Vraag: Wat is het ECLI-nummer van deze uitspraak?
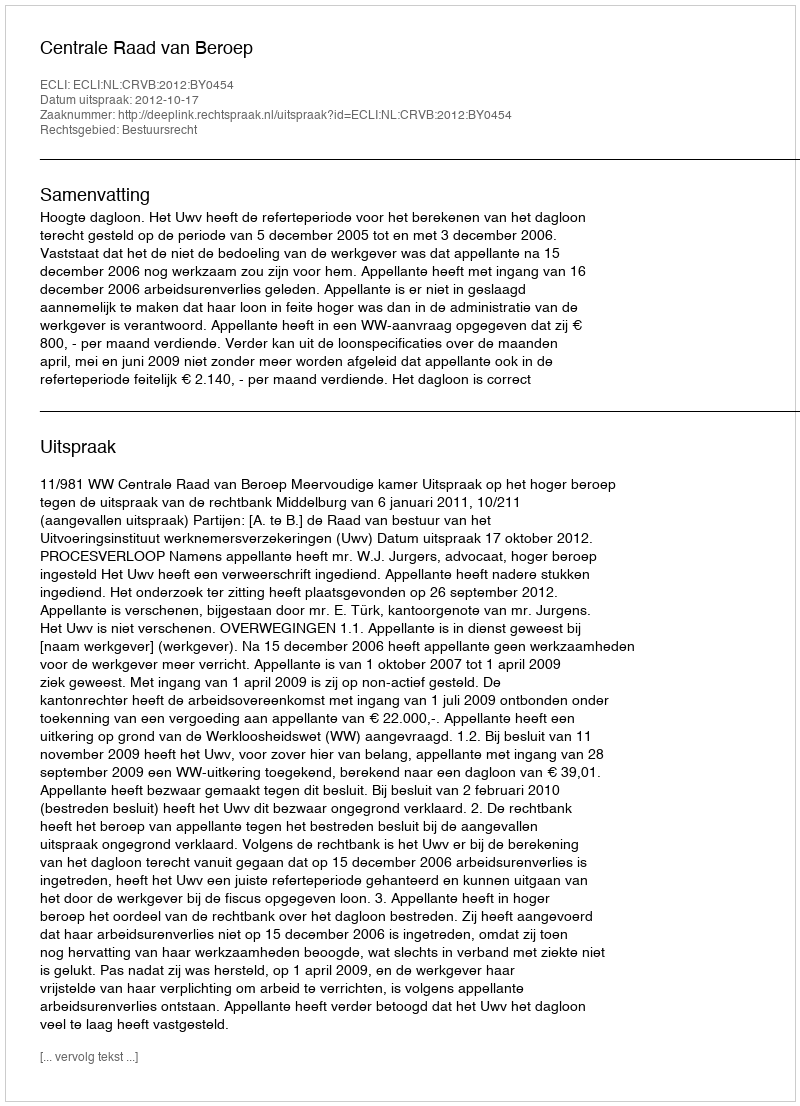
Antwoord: ECLI:NL:CRVB:2012:BY0454